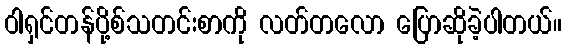
ဝါရှင်တန်ပို့စ်သတင်းစာကို လတ်တလော ပြောဆိုခဲ့ပါတယ်။